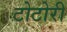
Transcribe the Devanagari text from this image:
टोटोरी